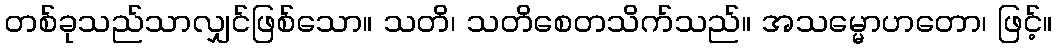
တစ်ခုသည်သာလျှင်ဖြစ်သော။ သတိ၊ သတိစေတသိက်သည်။ အသမ္မောဟတော၊ ဖြင့်။